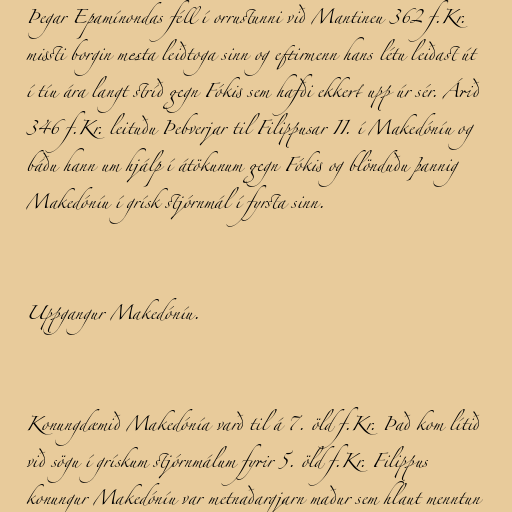
Þegar Epamínondas féll í orrustunni við Mantineu 362 f.Kr.
missti borgin mesta leiðtoga sinn og eftirmenn hans létu leiðast út
í tíu ára langt stríð gegn Fókis sem hafði ekkert upp úr sér. Árið
346 f.Kr. leituðu Þebverjar til Filippusar II. í Makedóníu og
báðu hann um hjálp í átökunum gegn Fókis og blönduðu þannig
Makedóníu í grísk stjórnmál í fyrsta sinn.

Uppgangur Makedóníu.

Konungdæmið Makedónía varð til á 7. öld f.Kr. Það kom lítið
við sögu í grískum stjórnmálum fyrir 5. öld f.Kr. Filippus
konungur Makedóníu var metnaðargjarn maður sem hlaut menntun